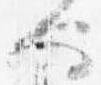
也